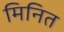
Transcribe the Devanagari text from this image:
मिनित